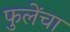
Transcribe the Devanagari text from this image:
फुलेंचा